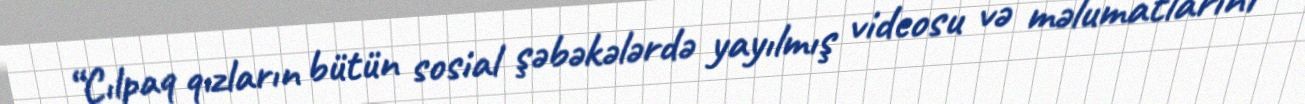
“Çılpaq qızların bütün sosial şəbəkələrdə yayılmış videosu və məlumatlarını